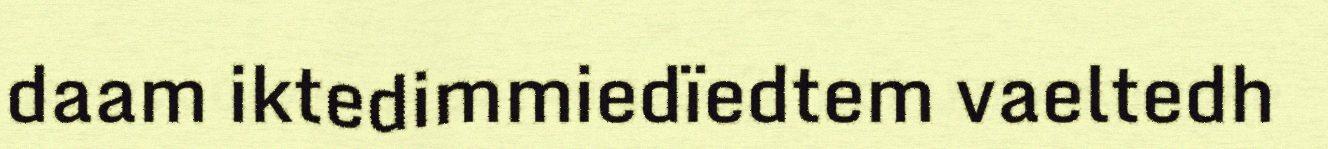
daam iktedimmiedïedtem vaeltedh